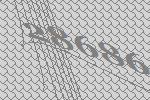
28686